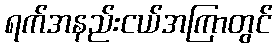
ရက်အနည်းငယ်အကြာတွင်